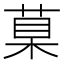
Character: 𦳮